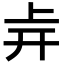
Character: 𢆒